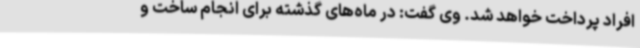
افراد پرداخت خواهد شد. وی گفت: در ماه‌های گذشته برای انجام ساخت و